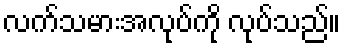
လက်သမားအလုပ်ကို လုပ်သည်။